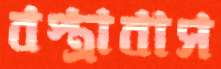
বস্ত্রাবাস